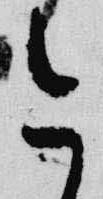
今